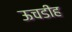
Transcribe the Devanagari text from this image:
ऊचडीह